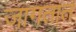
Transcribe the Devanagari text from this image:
जागतात